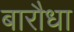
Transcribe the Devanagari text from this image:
बारौधा